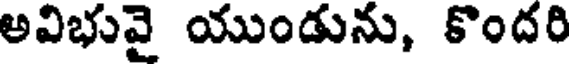
అవిభువై యుండును, కొందరి